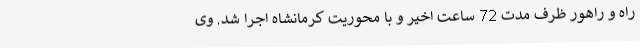
راه و راهور ظرف مدت 72 ساعت اخیر و با محوریت کرمانشاه اجرا شد. وی